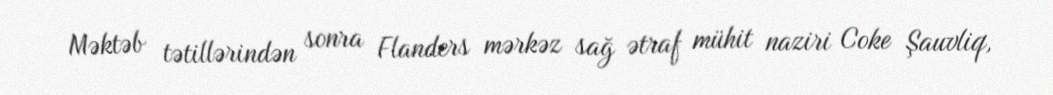
Məktəb tətillərindən sonra Flanders mərkəz sağ ətraf mühit naziri Coke Şauvliq,